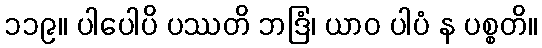
၁၁၉။ ပါပေါပိ ပဿတိ ဘဒြံ၊ ယာဝ ပါပံ န ပစ္စတိ။